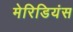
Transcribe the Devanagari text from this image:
मेरिडियंस